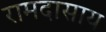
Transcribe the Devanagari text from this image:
रामदासाय